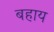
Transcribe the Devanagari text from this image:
बहाय